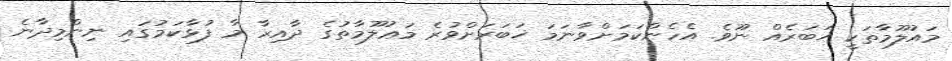
މައުލޫމާތަކީ ޚަބަރެއް ނޫވެ. އެހެންކަމަށްވާނަމަ ޚަބަރަށްވުރެ މަޢުލޫމާތުގެ ދާއިރާ މާ ފުޅާކަމުގައި ނިންމިދާނެ